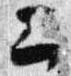
二